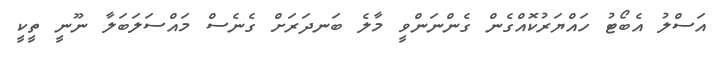
އަސްލު އެބޯޓު ހައްޔަރުކޮއްގެން ގެންނަންވީ މާލެ ބަނދަރަށް ގެނެސް މައްސަލަބަލާ ނޫނީ ތީކީ